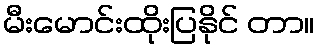
မီးမောင်းထိုးပြနိုင် တာ။